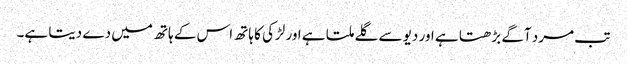
تب مرد آگے بڑھتا ہے اور دیو سے گلے ملتا ہے اور لڑکی کا ہاتھ اس کے ہاتھ میں دے دیتا ہے۔